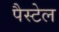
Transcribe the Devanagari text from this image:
पैस्टेल